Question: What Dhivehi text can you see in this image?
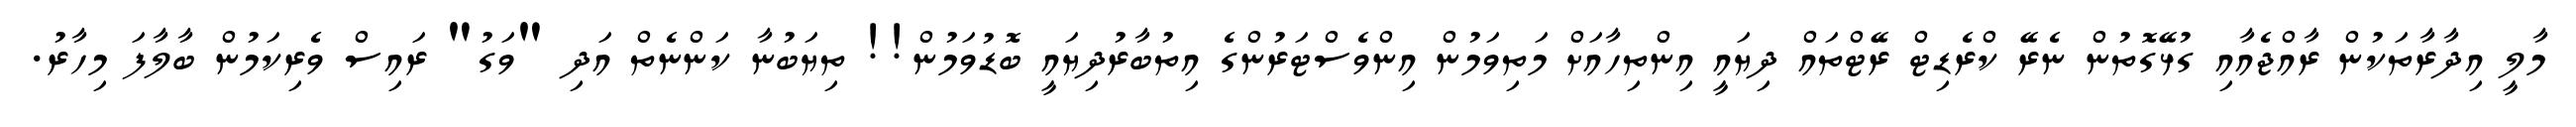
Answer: މާލީ އިދާރާތަކުން ރާއްޖެއާއި ގުޅޭގޮތުން ނެރޭ ކްރެޑިޓް ރޭޓްތައް ދިޔައީ އިންތިހާއަށް މަތިވަމުން އިންވެސްޓަރުންގެ އިތުބާރުދިޔައީ ބޮޑުވަމުން!! ތިޔަބުނާ ކަންނެތް އަދި "ވަގު" ރައިސް ވެރިކަމުން ބާލާފަ މިހާރު.